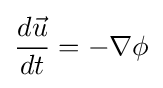
{\frac {d{\vec {u}}}{dt}}=-\nabla \phi